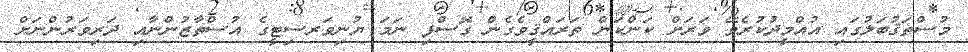
މުސްތަޤުބަލުގައި އުއްމީދުކުރެވޭ ވަރަށް ކަންކަން ތަރައްޤީވެގެން ގޮސްފި ނަމަ ޔުނިވަރސިޓީގެ އުސްތާޒުންނާއި ދަރިވަރުންނަށް